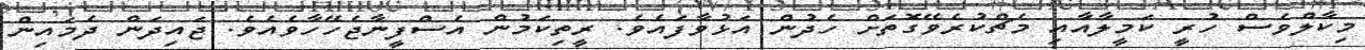
މިކާލްވެސް ހުރީ ކަމީލާއާއި މެޗްކުރެވޭގޮތަށް ހެދުން އަޅުވާފައެވެ. ރީތިކަމުން އެސްފީނާޖެހޭހާވެއެވެ. ޖައިދަން ދެމައިން